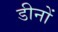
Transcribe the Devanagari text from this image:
डीनों